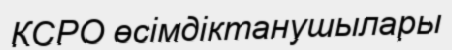
КСРО өсімдіктанушылары